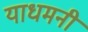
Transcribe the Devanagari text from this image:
याधमनी